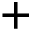
+